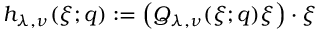
h _ { \lambda , \nu } ( \xi ; q ) : = \left( Q _ { \lambda , \nu } ( \xi ; q ) \xi \right) \cdot \xi